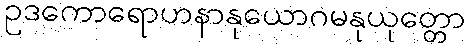
ဥဒကောရောဟနာနုယောဂမနုယုတ္တော